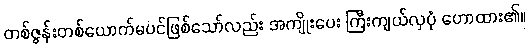
တစ်ဇွန်းတစ်ယောက်မပင်ဖြစ်သော်လည်း အကျိုးပေး ကြီးကျယ်လှပုံ ဟောထား၏။